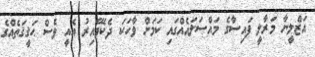
އަޒްލީނާ މަރާލީ ފައިސާގެ މައްސަލައެއްގައި ކަމަށް ވާހަކަ ދެކެވޭއިރު އެއީ ވެސް ޙަޤީޤަތެއްގެ